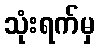
သုံးရက်မှ